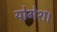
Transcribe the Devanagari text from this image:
योगेश।